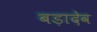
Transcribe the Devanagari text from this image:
बड़ादेव